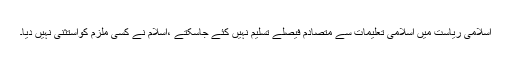
اسلامی ریاست میں اسلامی تعلیمات سے متصادم فیصلے تسلیم نہیں کئے جاسکتے ،اسلام نے کسی ملزم کواستثنیٰ نہیں دیا۔